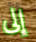
إلى